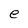
Character: e